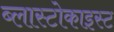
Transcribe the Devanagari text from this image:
ब्लास्टोकाइस्ट